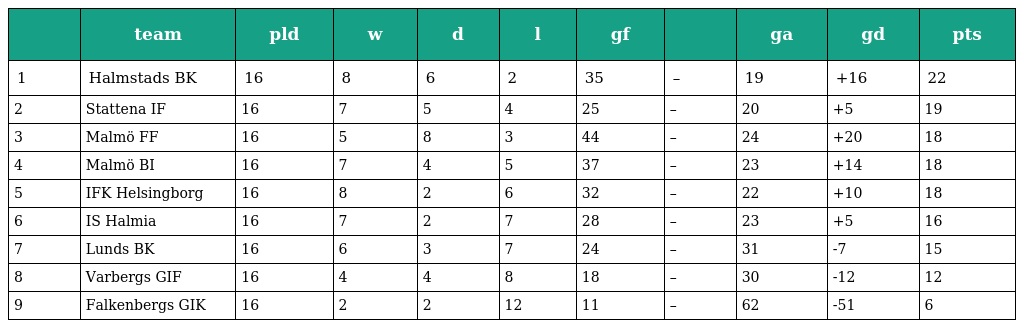
|  | team | pld | w | d | l | gf |  | ga | gd | pts |
 | --- | --- | --- | --- | --- | --- | --- | --- | --- | --- | --- |
 | 1 | Halmstads BK | 16 | 8 | 6 | 2 | 35 | – | 19 | +16 | 22 |
 | 2 | Stattena IF | 16 | 7 | 5 | 4 | 25 | – | 20 | +5 | 19 |
 | 3 | Malmö FF | 16 | 5 | 8 | 3 | 44 | – | 24 | +20 | 18 |
 | 4 | Malmö BI | 16 | 7 | 4 | 5 | 37 | – | 23 | +14 | 18 |
 | 5 | IFK Helsingborg | 16 | 8 | 2 | 6 | 32 | – | 22 | +10 | 18 |
 | 6 | IS Halmia | 16 | 7 | 2 | 7 | 28 | – | 23 | +5 | 16 |
 | 7 | Lunds BK | 16 | 6 | 3 | 7 | 24 | – | 31 | -7 | 15 |
 | 8 | Varbergs GIF | 16 | 4 | 4 | 8 | 18 | – | 30 | -12 | 12 |
 | 9 | Falkenbergs GIK | 16 | 2 | 2 | 12 | 11 | – | 62 | -51 | 6 |